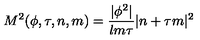
M ^ { 2 } ( \phi , \tau , n , m ) = \frac { | \phi ^ { 2 } | } { l m \tau } | n + \tau m | ^ { 2 }